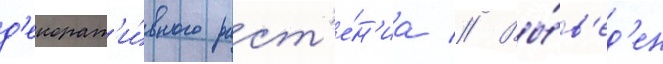
д'екорат'и́вного раст'е́н'иа // Вы́в'ед'ен